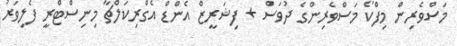
މަސްވެރިން މިފްކޯ މަސްވެރިންގެ ދުވަސް + ފިޝަރީޒް އެންޑް އެގްރިކަލްޗާ މިނިސްޓްރީ ފެލިވަރު